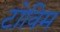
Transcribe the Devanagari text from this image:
टोविम